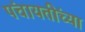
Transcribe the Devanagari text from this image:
पंचायतींच्या